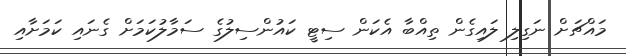
މައްޗަށް ނަގިލި ލައިގެން ތިއްބާ އެކަން ސިޓީ ކައުންސިލުގެ ސަމާލުކަމަށް ގެނައި ކަމަށާއި